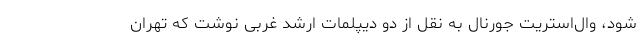
شود، وال‌استریت جورنال به نقل از دو دیپلمات ارشد غربی نوشت که تهران